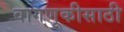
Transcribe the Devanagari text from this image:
वागणूकीसाठी